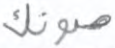
صوتك